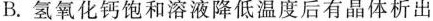
B. 氢氧化钙饱和溶液降低温度后有晶体析出